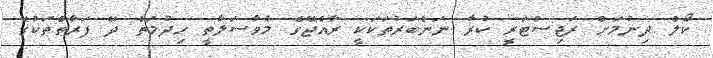
ކޯލް ދިނުމަށް ރަޖިސްޓަރީ ކުރާ ނަންބަރުތަކަކީ ރާއްޖޭގެ މުވާސަލާތީ ހިދުމަތް ދޭ ފަރާތްތަކުގެ